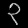
Digit: ၃